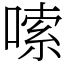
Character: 嗦